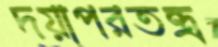
দয়াপরতন্ত্র